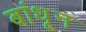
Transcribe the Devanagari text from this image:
बांधू्न